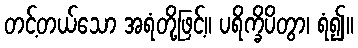
တင့်တယ်သော အရံတို့ဖြင့်။ ပရိက္ခိပိတွာ၊ ရံ၍။